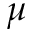
\mu